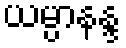
ယမ္ပာနန္ဒ